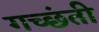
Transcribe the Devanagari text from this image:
गच्छंती